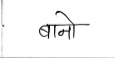
मजकूर: बानो